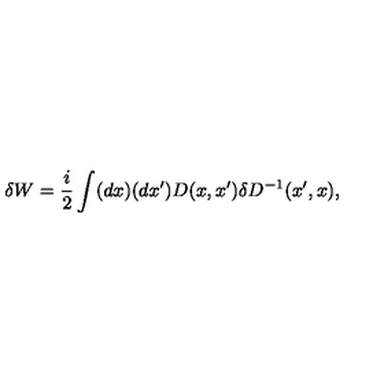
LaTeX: \delta W = { \frac { i } { 2 } } \int ( d x ) ( d x ^ { \prime } ) D ( x , x ^ { \prime } ) \delta D ^ { - 1 } ( x ^ { \prime } , x ) ,